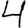
Digit: 4